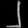
Digit: ၂